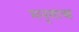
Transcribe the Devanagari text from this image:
मनुशास्त्र